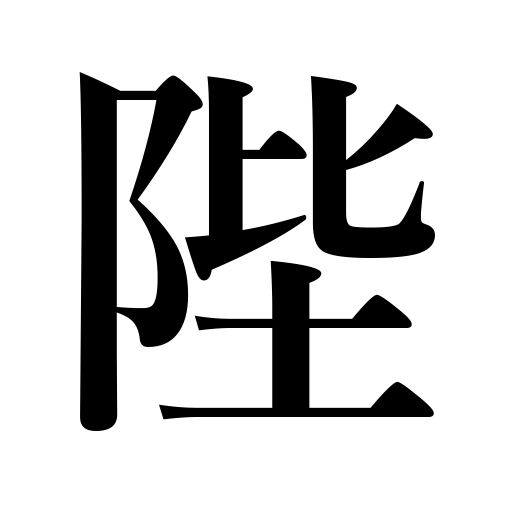
Meanings: steps of the throne